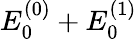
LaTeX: E_{0}^{(0)}+E_{0}^{(1)}